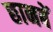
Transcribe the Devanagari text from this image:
छानबें